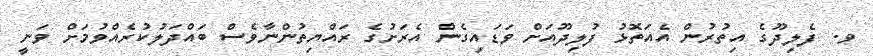
ވ. ފެލިދޫގެ އިތުރުން އެއަތޮޅު ފުލިދޫއަށް ވަޑައިގެން އެރަށުގެ ރައްޔިތުންނާވެސް ބައްދަލުކުރެއްވުމަށް ވަނީ